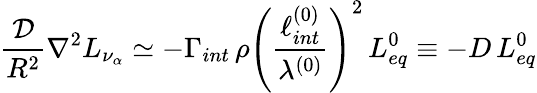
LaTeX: \frac{\cal D}{R^{2}}\nabla^{2}L_{\nu_{\alpha}}\simeq-\Gamma_{int}\, \rho\left(\frac{\ell_{int}^{(0)}}{\lambda^{(0)}}\right)^{2}\, L_{eq}^{0}\equiv-D\, L_{eq}^{0}